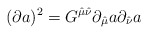
\begin{align*}(\partial a)^2 = G^{\hat\mu\hat\nu} \partial_{\hat\mu} a \partial_{\hat\nu} a\end{align*}